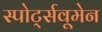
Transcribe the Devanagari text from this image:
स्पोर्ट्सवूमेन